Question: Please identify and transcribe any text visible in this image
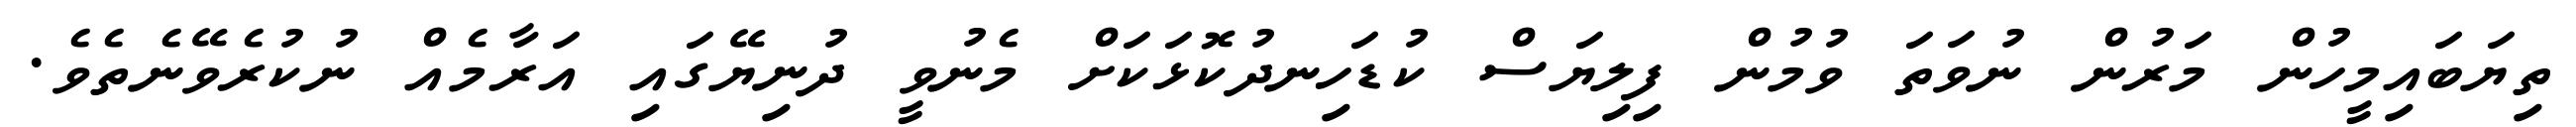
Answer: ތިޔަބައިމީހުން މަރުން ނުވަތަ ވުމުން ފިލިޔަސް ކުޑަހިނދުކޮޅަކަށް މެނުވީ ދުނިޔޭގައި އަރާމެއް ނުކުރެވޭނެތެވެ.